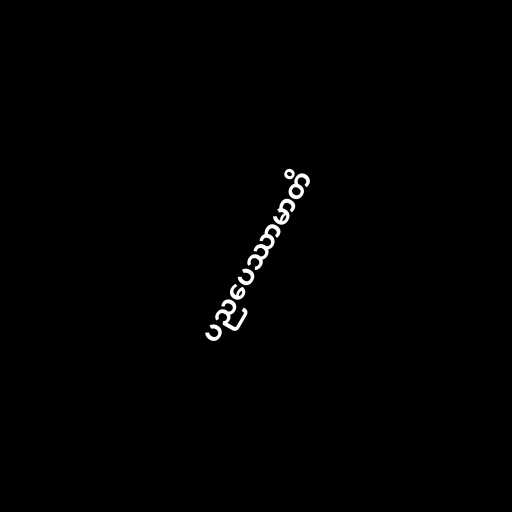
ပညပေဿာမာတိ